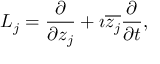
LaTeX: L _ { j } = { \frac { \partial } { \partial z _ { j } } } + \imath { \overline { { z _ { j } } } } { \frac { \partial } { \partial t } } ,